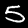
Label: 5